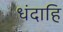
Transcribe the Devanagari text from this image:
धंदाहि